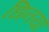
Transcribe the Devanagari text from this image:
धिनया